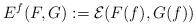
LaTeX: \begin{align*}E^f(F,G):=\mathcal{E}(F(f),G(f))\end{align*}